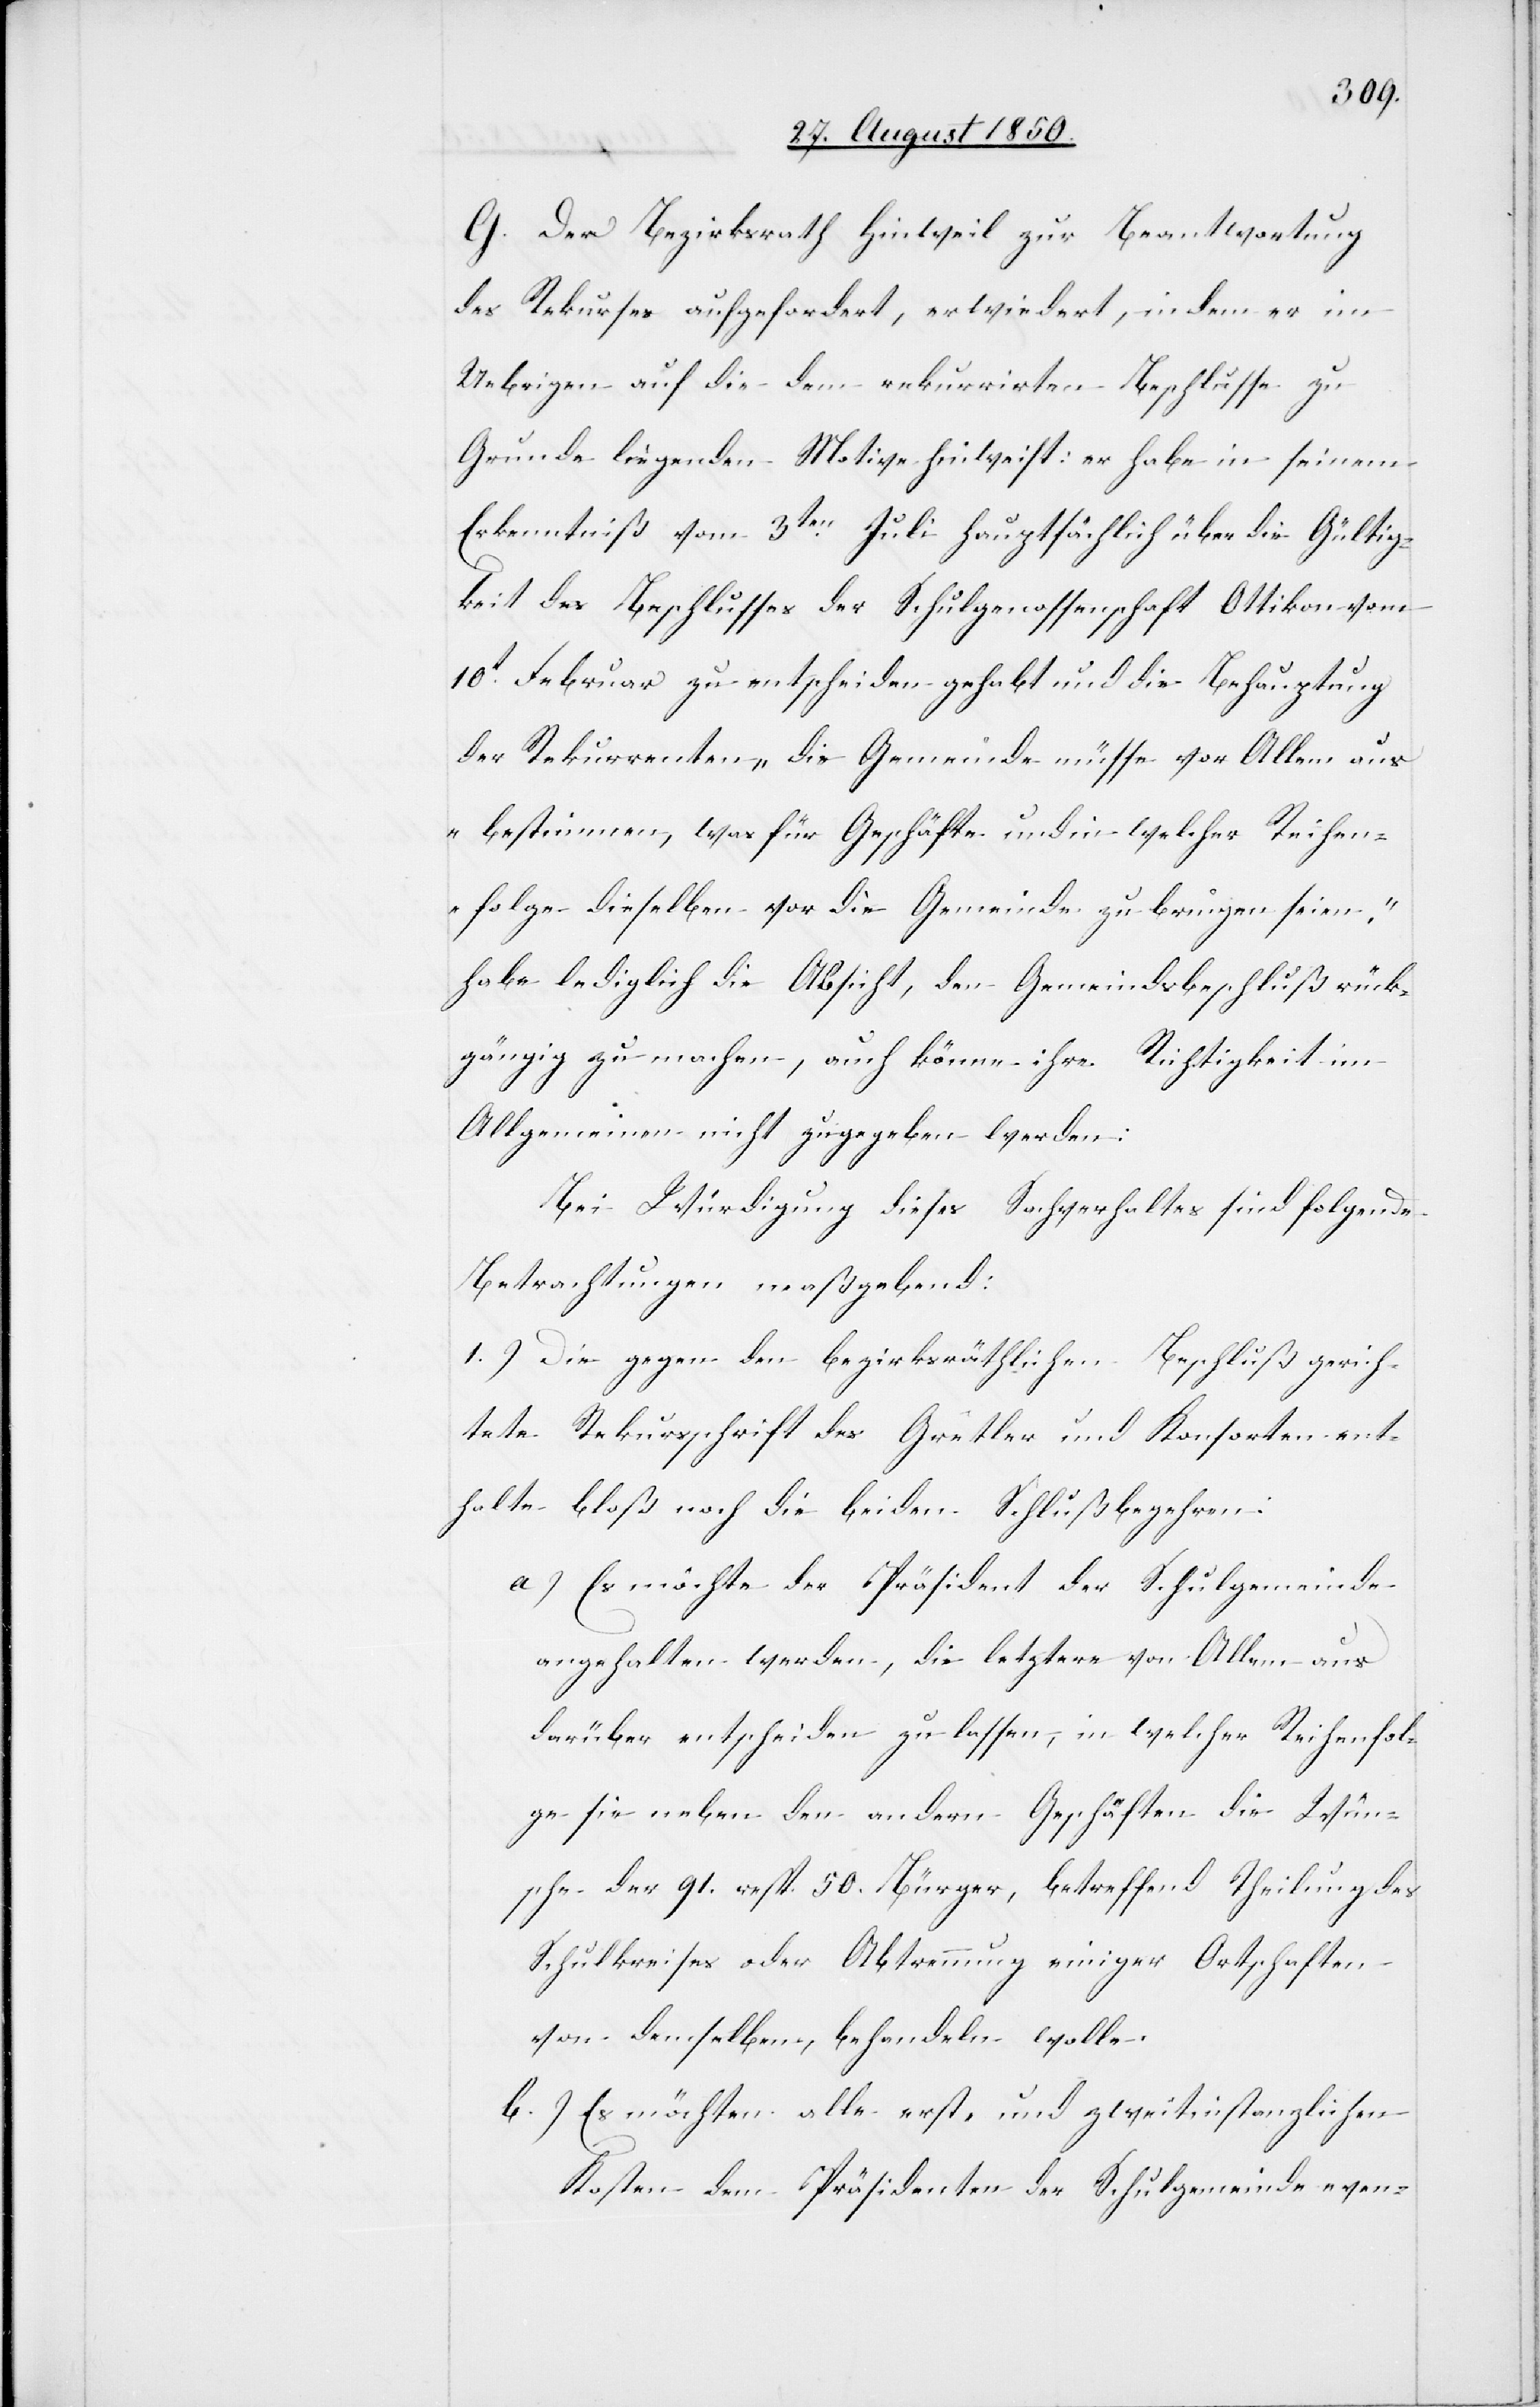
G. Der Bezirksrath Hinweil zur Beantwortung
des Rekurses aufgefordert, erwiedert, indem er im
Uebrigen auf die dem rekurrirten Beschlusse zu
Grunde liegenden Motive hinweist: er habe in seinem
Erkenntniß vom 3ten Juli hauptsächlich über die Gültig¬
keit des Beschlusses der Schulgenossenschaft Ottikon vom
10t Februar zu entscheiden gehabt und die Behauptung
der Rekurrenten „die Gemeinde müsse vor Allem aus
bestimmen, was für Geschäfte und in welcher Reihen¬
folge dieselben vor die Gemeinde zu bringen seien,“
habe lediglich die Absicht, den Gemeindsbeschluß rück¬
gängig zu machen, auch könne ihre Richtigkeit im
Allgemeinen nicht zugegeben werden:
Bei Würdigung dieses Sachverhaltes sind folgende
Betrachtungen maßgebend:
1.) Die gegen den bezirksräthlichen Beschluß gerich¬
tete Rekursschrift des Gretler und Konsorten ent¬
halte bloß noch die beiden Schlußbegehren:
a) Es möchte der Präsident der Schulgemeinde
angehalten werden, die letztere von Allem aus
darüber entscheiden zu lassen, in welcher Reihenfol¬
ge sie neben den andern Geschäften die Wün¬
sche der 91. resp. 50. Bürger, betreffend Theilung des
Schulkreises oder Abtrennung einiger Ortschaften
von demselben, behandeln wolle.
b.) Es möchten alle erst, und zweitinstanzlichen
Kosten dem Präsidenten der Schulgemeinde even-